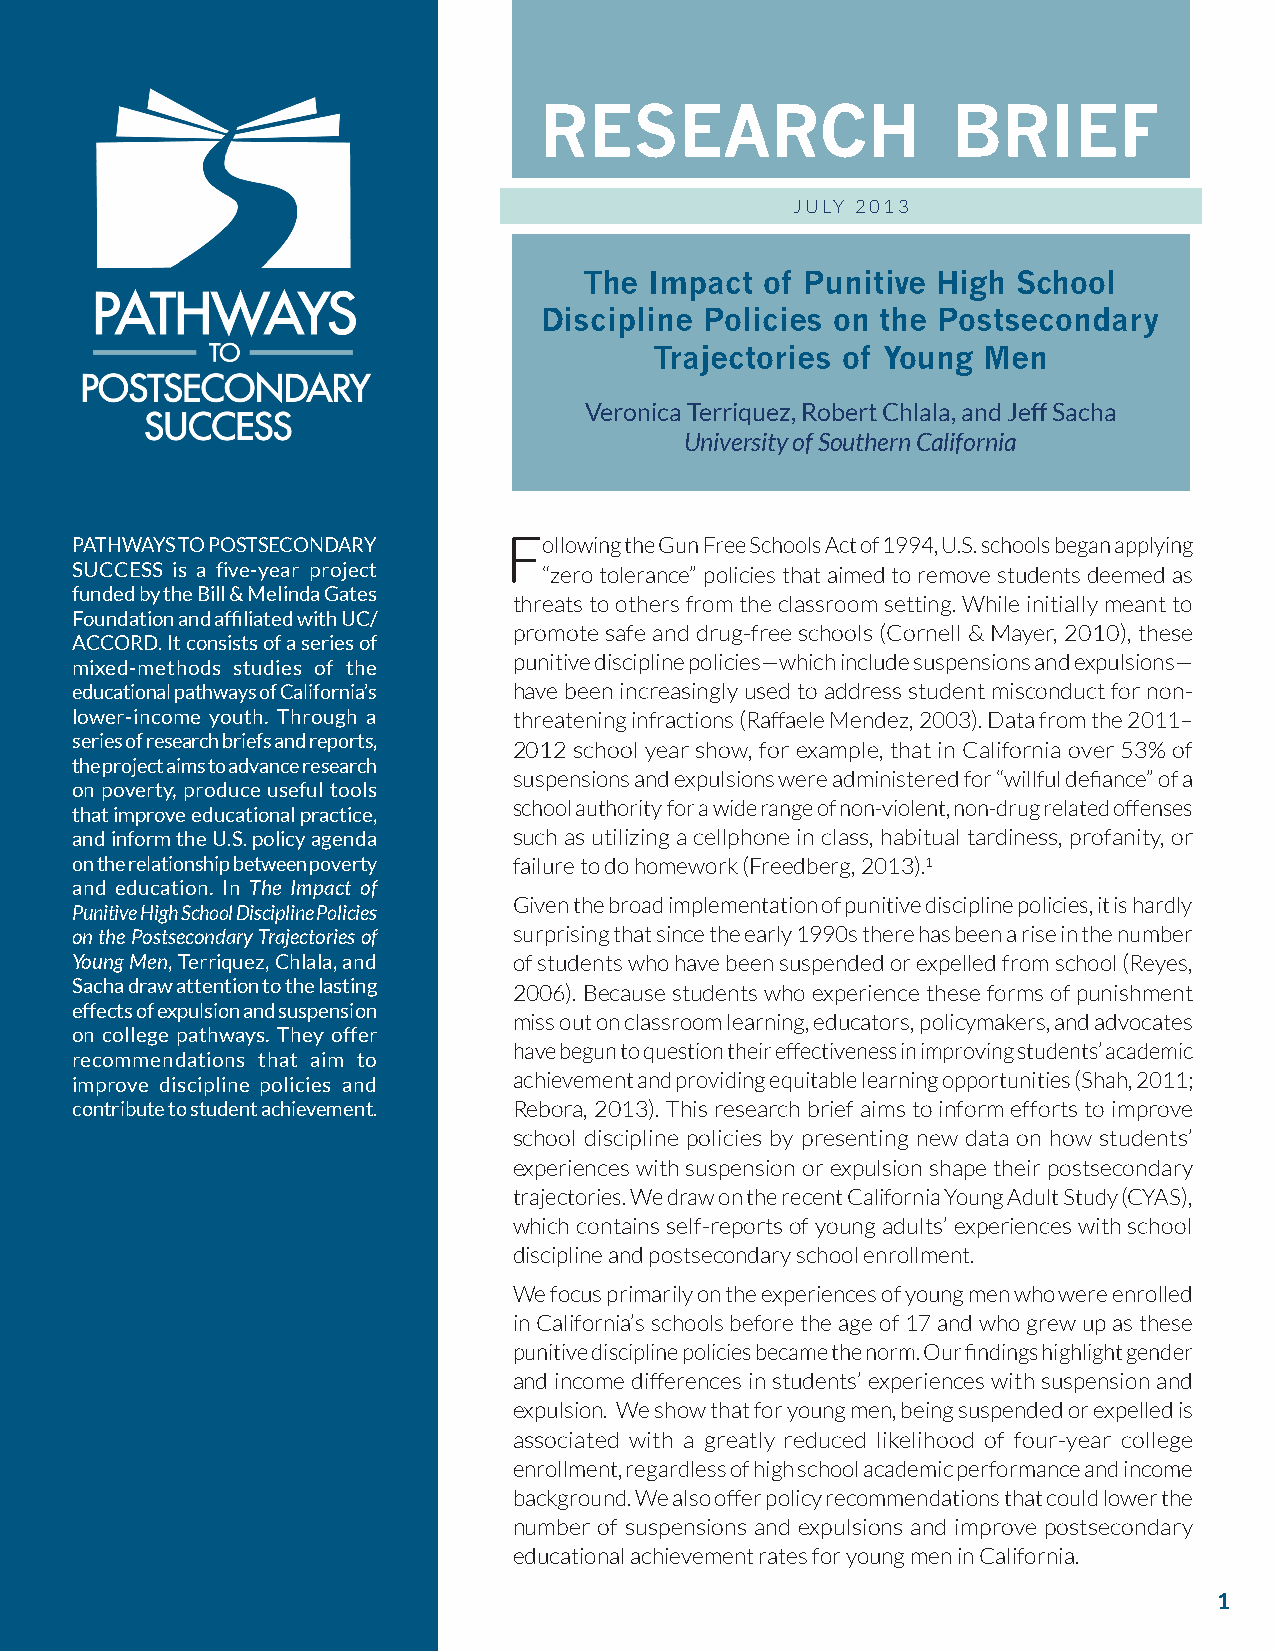
research                   brief
 JULY 2013
 The Impact  of Punitive High School
 Discipline Policies on the Postsecondary
 Trajectories of Young Men
 Veronica Terriquez, Robert Chlala, and Jeff Sacha
 University of Southern California
 PATHWAYS TO POSTSECONDARY   Following the Gun Free Schools Act of 1994, U.S. schools began applying
 SUCCESS is a five-year project “zero tolerance” policies that aimed to remove students deemed as
 funded by the Bill & Melinda Gates
 threats to others from the classroom setting. While initially meant to
 Foundation and affiliated with UC/
 promote safe and drug-free schools (Cornell & Mayer, 2010), these
 ACCORD. It consists of a series of
 punitive discipline policies—which include suspensions and expulsions—
 mixed-methods studies of the
 educational pathways of California’s have been increasingly used to address student misconduct for non-
 lower-income youth. Through a threatening infractions (Raffaele Mendez, 2003). Data from the 2011–
 series of research briefs and reports,
 2012 school year show, for example, that in California over 53% of
 the project aims to advance research
 suspensions and expulsions were administered for “willful defiance” of a
 on poverty, produce useful tools
 school authority for a wide range of non-violent, non-drug related offenses
 that improve educational practice,
 and inform the U.S. policy agenda such as utilizing a cellphone in class, habitual tardiness, profanity, or
 on the relationship between poverty failure to do homework (Freedberg, 2013).1
 and education. In The Impact of
 Given the broad implementation of punitive discipline policies, it is hardly
 Punitive High School Discipline Policies
 on the Postsecondary Trajectories of surprising that since the early 1990s there has been a rise in the number
 Young Men, Terriquez, Chlala, and of students who have been suspended or expelled from school (Reyes,
 Sacha draw attention to the lasting 2006). Because students who experience these forms of punishment
 effects of expulsion and suspension
 miss out on classroom learning, educators, policymakers, and advocates
 on college pathways. They offer
 have begun to question their effectiveness in improving students’ academic
 recommendations that aim to
 improve discipline policies and achievement and providing equitable learning opportunities (Shah, 2011;
 contribute to student achievement. Rebora, 2013). This research brief aims to inform efforts to improve
 school discipline policies by presenting new data on how students’
 experiences with suspension or expulsion shape their postsecondary
 trajectories. We draw on the recent California Young Adult Study (CYAS),
 which contains self-reports of young adults’ experiences with school
 discipline and postsecondary school enrollment.
 We focus primarily on the experiences of young men who were enrolled
 in California’s schools before the age of 17 and who grew up as these
 punitive discipline policies became the norm. Our findings highlight gender
 and income differences in students’ experiences with suspension and
 expulsion. We show that for young men, being suspended or expelled is
 associated with a greatly reduced likelihood of four-year college
 enrollment, regardless of high school academic performance and income
 background. We also offer policy recommendations that could lower the
 number of suspensions and expulsions and improve postsecondary
 educational achievement rates for young men in California.
 1